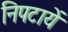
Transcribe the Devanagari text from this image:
निपटायें